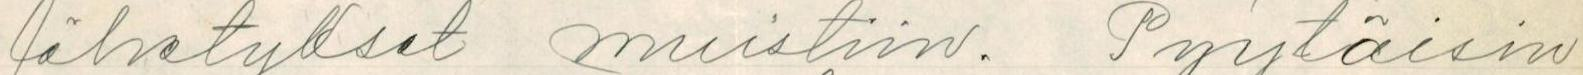
lähetykset muistiin. Pyytäisin